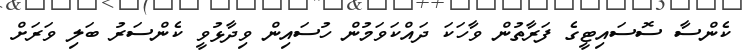
ކެންސާ ސޮސައިޓީގެ ފަރާތުން ވާހަކަ ދައްކަވަމުން ހުސައިން ވިދާޅުވީ ކެންސަރު ބަލި ވަރަށް